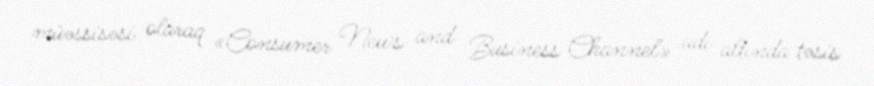
müəssisəsi olaraq «Consumer News and Business Channel» adı altında təsis